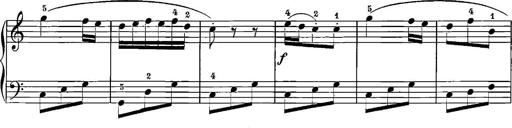
Title: 12 Sonatinas
Composer: Ignaz Pleyel